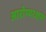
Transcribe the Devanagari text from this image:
आरोग्यरक्षण